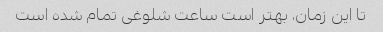
تا این زمان، بهتر است ساعت شلوغی تمام شده است